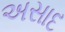
અસાદ